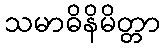
သမာဓိနိမိတ္တာ